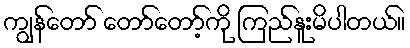
ကျွန်တော် တော်တော့်ကို ကြည်နူးမိပါတယ်။